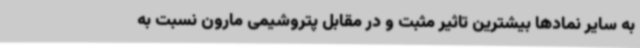
به سایر نمادها بیشترین تاثیر مثبت و در مقابل پتروشیمی مارون نسبت به